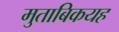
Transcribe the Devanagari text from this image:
मुताबिकयह